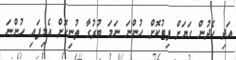
އަދި ހެދުން ގަޔަށް ފިޓުކޮށް ހުންނަ ނަމަ ބުރުގާ ތުނިކޮށް އެލިފައި ހުންނަ